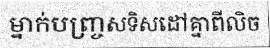
ម្នាក់បញ្ច្រសទិសដៅគ្នាពីលិច